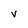
Character: V